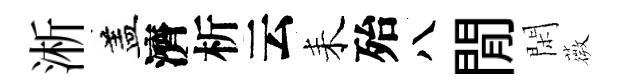
淅盖濟析云耒殆八閒閑薇